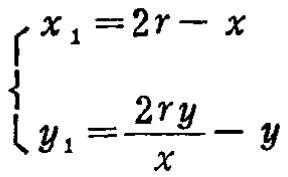
\[
\begin{cases}
x_{1}=2r - x\\
y_{1}=\frac{2ry}{x}-y
\end{cases}
\]